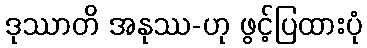
ဒုဿာတိ အနုဿ-ဟု ဖွင့်ပြထားပုံ